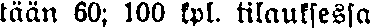
tään 60; 100 kpl. tilauksessa